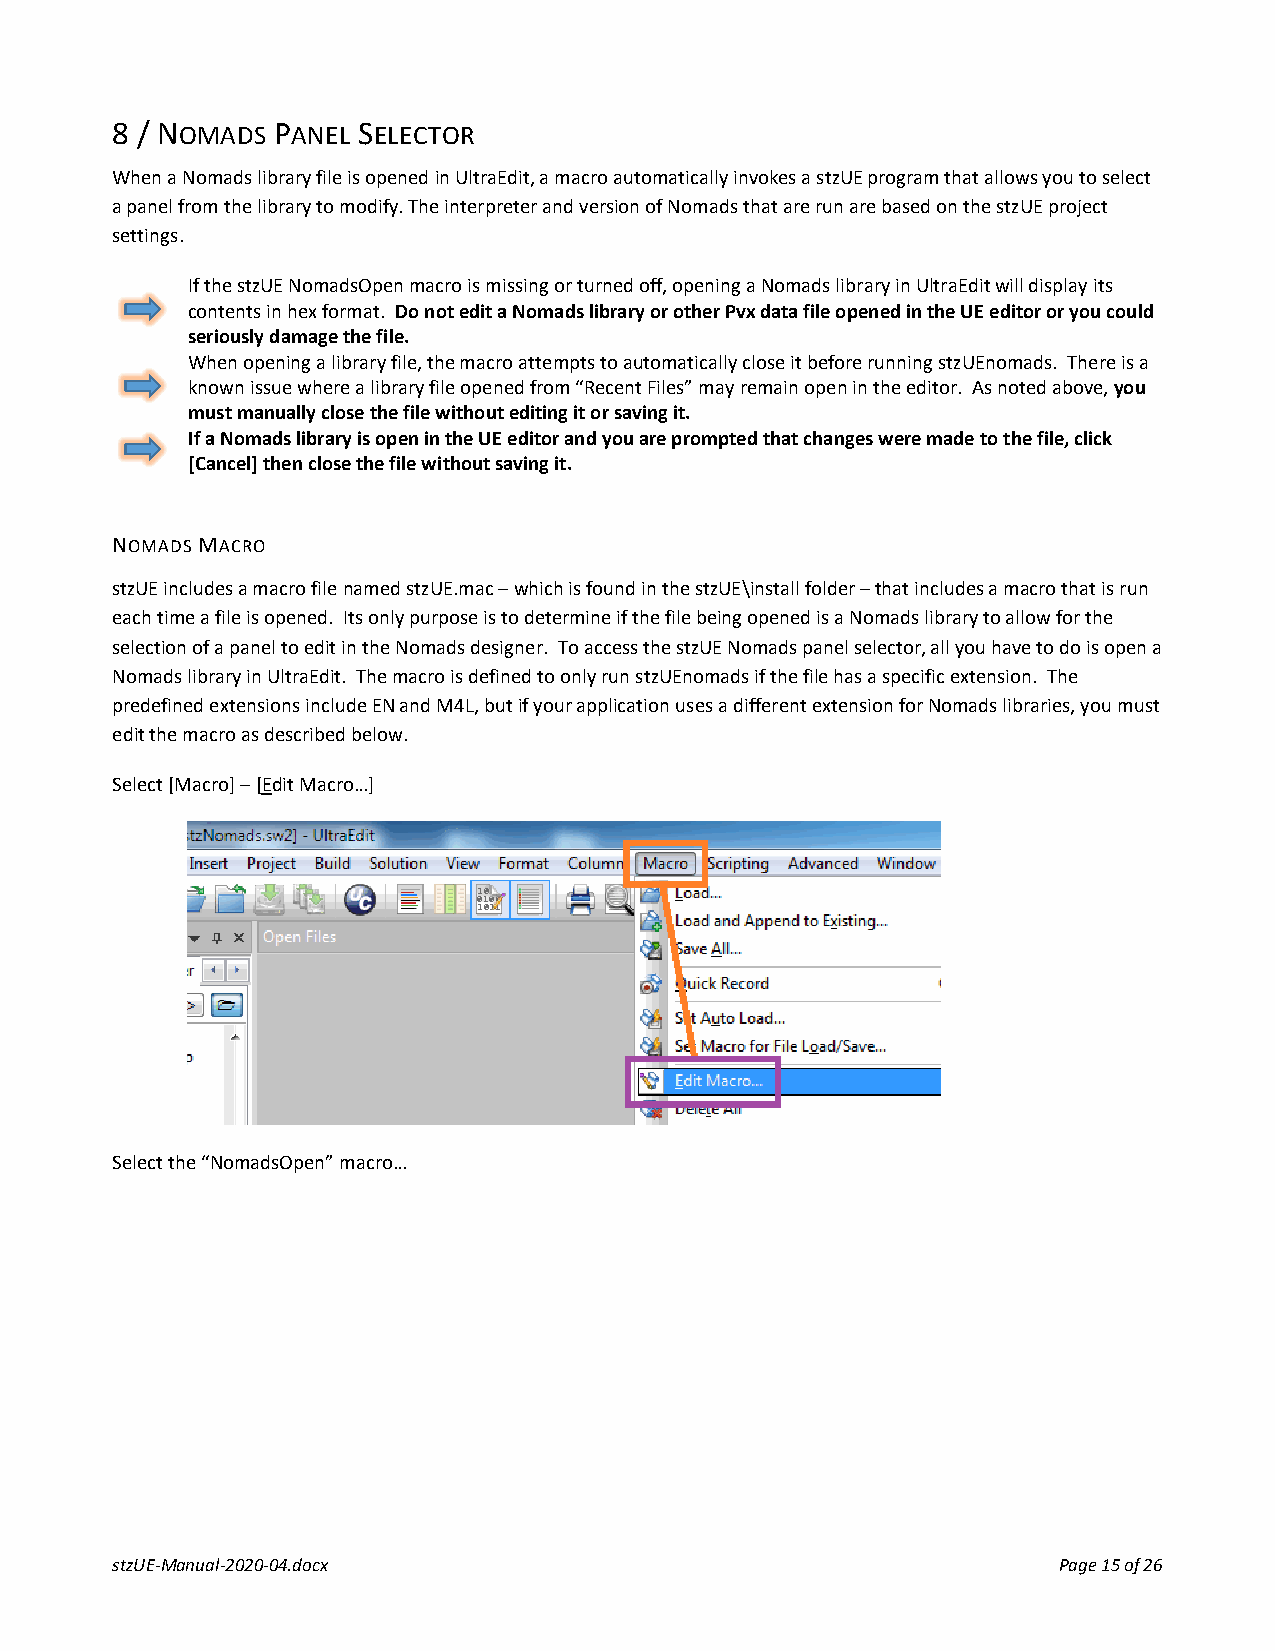
8 / NOMADS PANEL SELECTOR
 When a Nomads library file is opened in UltraEdit, a macro automatically invokes a stzUE program that allows you to select
 a panel from the library to modify. The interpreter and version of Nomads that are run are based on the stzUE project
 settings.
 If the stzUE NomadsOpen macro is missing or turned off, opening a Nomads library in UltraEdit will display its
 contents in hex format. Do not edit a Nomads library or other Pvx data file opened in the UE editor or you could
 seriously damage the file.
 When opening a library file, the macro attempts to automatically close it before running stzUEnomads. There is a
 known issue where a library file opened from “Recent Files” may remain open in the editor. As noted above, you
 must manually close the file without editing it or saving it.
 If a Nomads library is open in the UE editor and you are prompted that changes were made to the file, click
 [Cancel] then close the file without saving it.
 NOMADS MACRO
 stzUE includes a macro file named stzUE.mac – which is found in the stzUE\install folder – that includes a macro that is run
 each time a file is opened. Its only purpose is to determine if the file being opened is a Nomads library to allow for the
 selection of a panel to edit in the Nomads designer. To access the stzUE Nomads panel selector, all you have to do is open a
 Nomads library in UltraEdit. The macro is defined to only run stzUEnomads if the file has a specific extension. The
 predefined extensions include EN and M4L, but if your application uses a different extension for Nomads libraries, you must
 edit the macro as described below.
 Select [Macro] – [Edit Macro…]
 Select the “NomadsOpen” macro…
 stzUE-Manual-2020-04.docx                                      Page 15 of 26